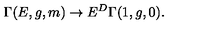
\Gamma ( E , g , m ) \rightarrow E ^ { D } \Gamma ( 1 , g , 0 ) .